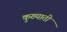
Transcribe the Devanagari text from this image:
कुख्याती